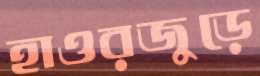
হাওরজুড়ে